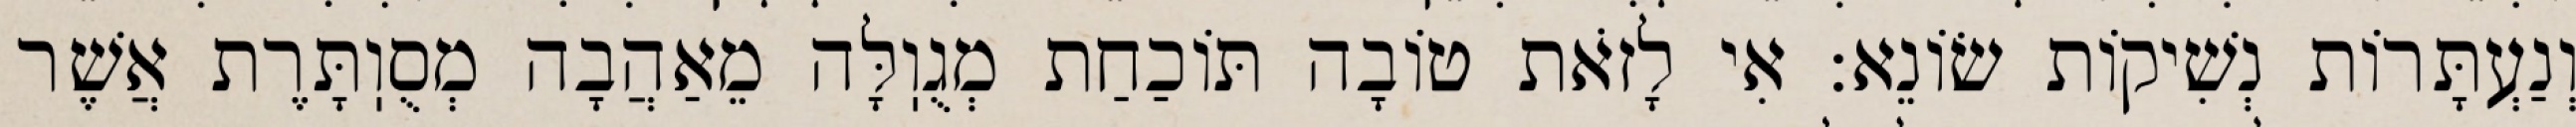
וְנַעְתָּרוֹת נְשִׁיקוֹת שׂוֹנֵא: אִי לָזֹאת טוֹבָה תּוֹכַחַת מְגֻוֽלָּה מֵאַהֲבָה מְסֻוֽתָּרֶת אֲשֶׁר